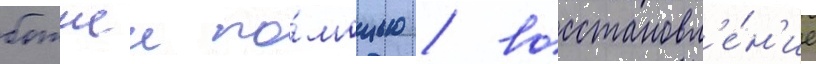
божиеи по́мощью / восстановл'е́н'ие